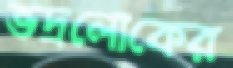
ভদ্রলোকের